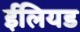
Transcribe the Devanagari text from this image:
ईलियड